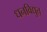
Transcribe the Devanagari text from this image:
धनविद्युत्